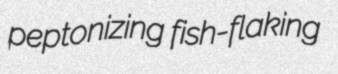
peptonizing fish-flaking